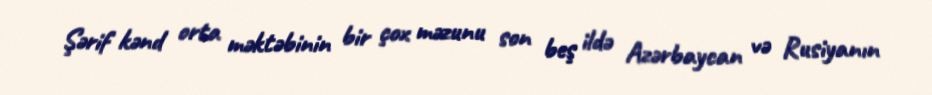
Şərif kənd orta məktəbinin bir çox məzunu son beş ildə Azərbaycan və Rusiyanın